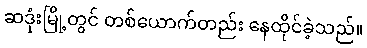
ဆဒုံးမြို့တွင် တစ်ယောက်တည်း နေထိုင်ခဲ့သည်။